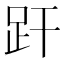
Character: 𧿂